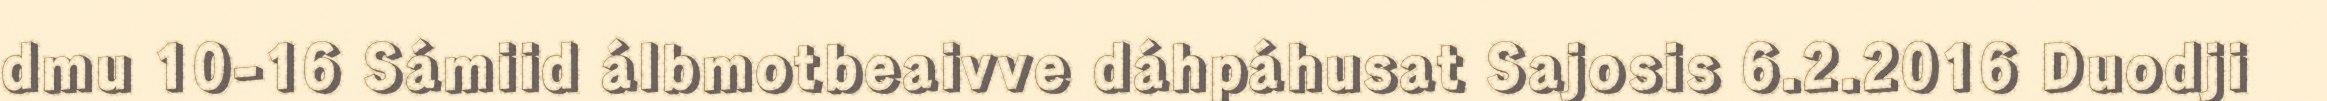
dmu 10-16 Sámiid álbmotbeaivve dáhpáhusat Sajosis 6.2.2016 Duodji